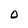
Character: 0